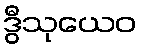
ဒွီသုယေဝ